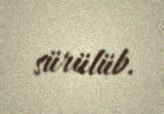
sürülüb.